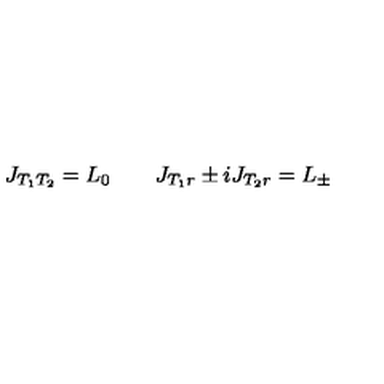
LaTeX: J _ { T _ { 1 } T _ { 2 } } = L _ { 0 } \qquad J _ { T _ { 1 } r } \pm i J _ { T _ { 2 } r } = L _ { \pm }